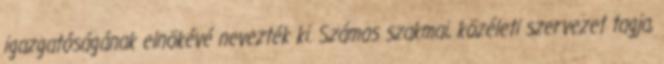
igazgatóságának elnökévé nevezték ki. Számos szakmai, közéleti szervezet tagja,